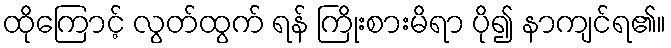
ထိုကြောင့် လွတ်ထွက် ရန် ကြိုးစားမိရာ ပို၍ နာကျင်ရ၏။